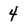
Character: 4